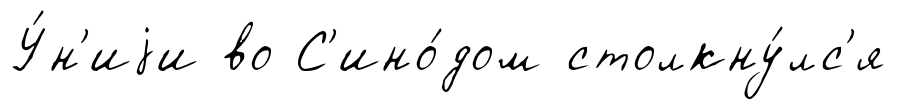
У́н'иjи во С'ино́дом столкну́лс'я